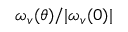
\omega _ { v } ( \theta ) / | \omega _ { v } ( 0 ) |